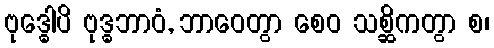
ဗုဒ္ဓေါပိ ဗုဒ္ဓဘာဝံ, ဘာဝေတွာ စေဝ သစ္ဆိကတွာ စ၊